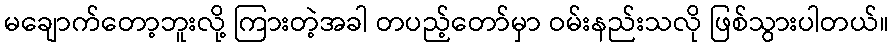
မချောက်တော့ဘူးလို့ ကြားတဲ့အခါ တပည့်တော်မှာ ဝမ်းနည်းသလို ဖြစ်သွားပါတယ်။